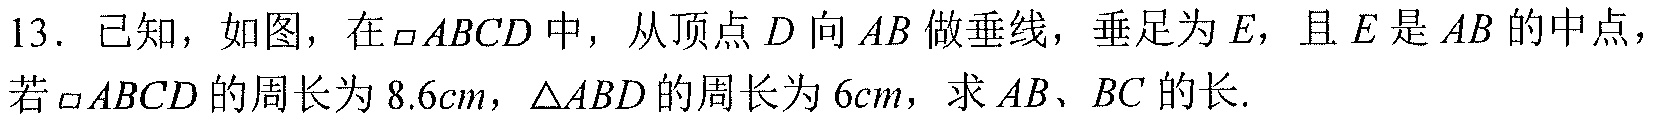
13. 已知，如图，在\(\square ABCD\)中，从顶点\(D\)向\(AB\)做垂线，垂足为\(E\)，且\(E\)是\(AB\)的中点，若\(\square ABCD\)的周长为\(8.6cm\)，\(\triangle ABD\)的周长为\(6cm\)，求\(AB、BC\)的长.